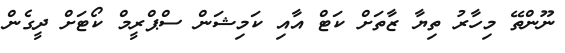
ނޫންތޭ މިހާރު ތިޔާ ޒާތަށް ކަޓް އާއި ކަމިޝަން ސްޕްރީމް ކޯޓަށް ދީގެން